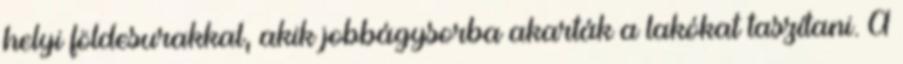
helyi földesurakkal, akik jobbágysorba akarták a lakókat taszítani. A